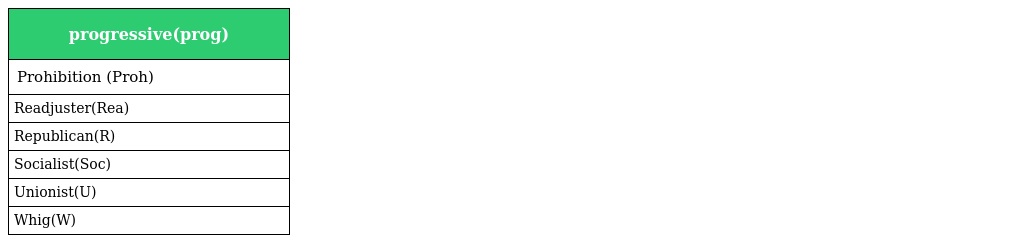
| progressive(prog) |
 | --- |
 | Prohibition (Proh) |
 | Readjuster(Rea) |
 | Republican(R) |
 | Socialist(Soc) |
 | Unionist(U) |
 | Whig(W) |